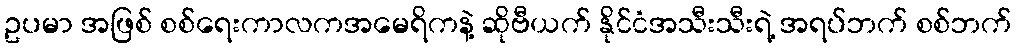
ဥပမာ အဖြစ် စစ်ရေးကာလကအမေရိကနဲ့ ဆိုဗီယက် နိုင်ငံအသီးသီးရဲ့ အရပ်ဘက် စစ်ဘက်